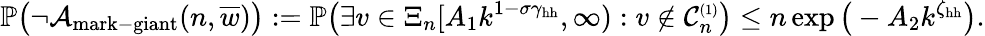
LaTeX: \mathbb{P}\big(\neg{\mathcal A}_{\mathrm{mark-giant}}(n,\overline{{w}})\big):=\mathbb{P}\big(\exists v\in\Xi_{n}[A_{1}k^{1-\sigma\gamma_{\mathrm{hh}}},\infty):v\notin{\mathcal C}_{n}^{\scriptscriptstyle(1)}\big)\le n\exp\big(-A_{2}k^{\zeta_{\mathrm{hh}}}\big).